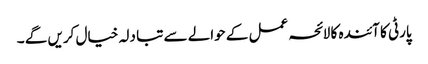
پارٹی کا آئندہ کا لائحہ عمل کے حوالے سے تبا دلہ خیال کریں گے ۔